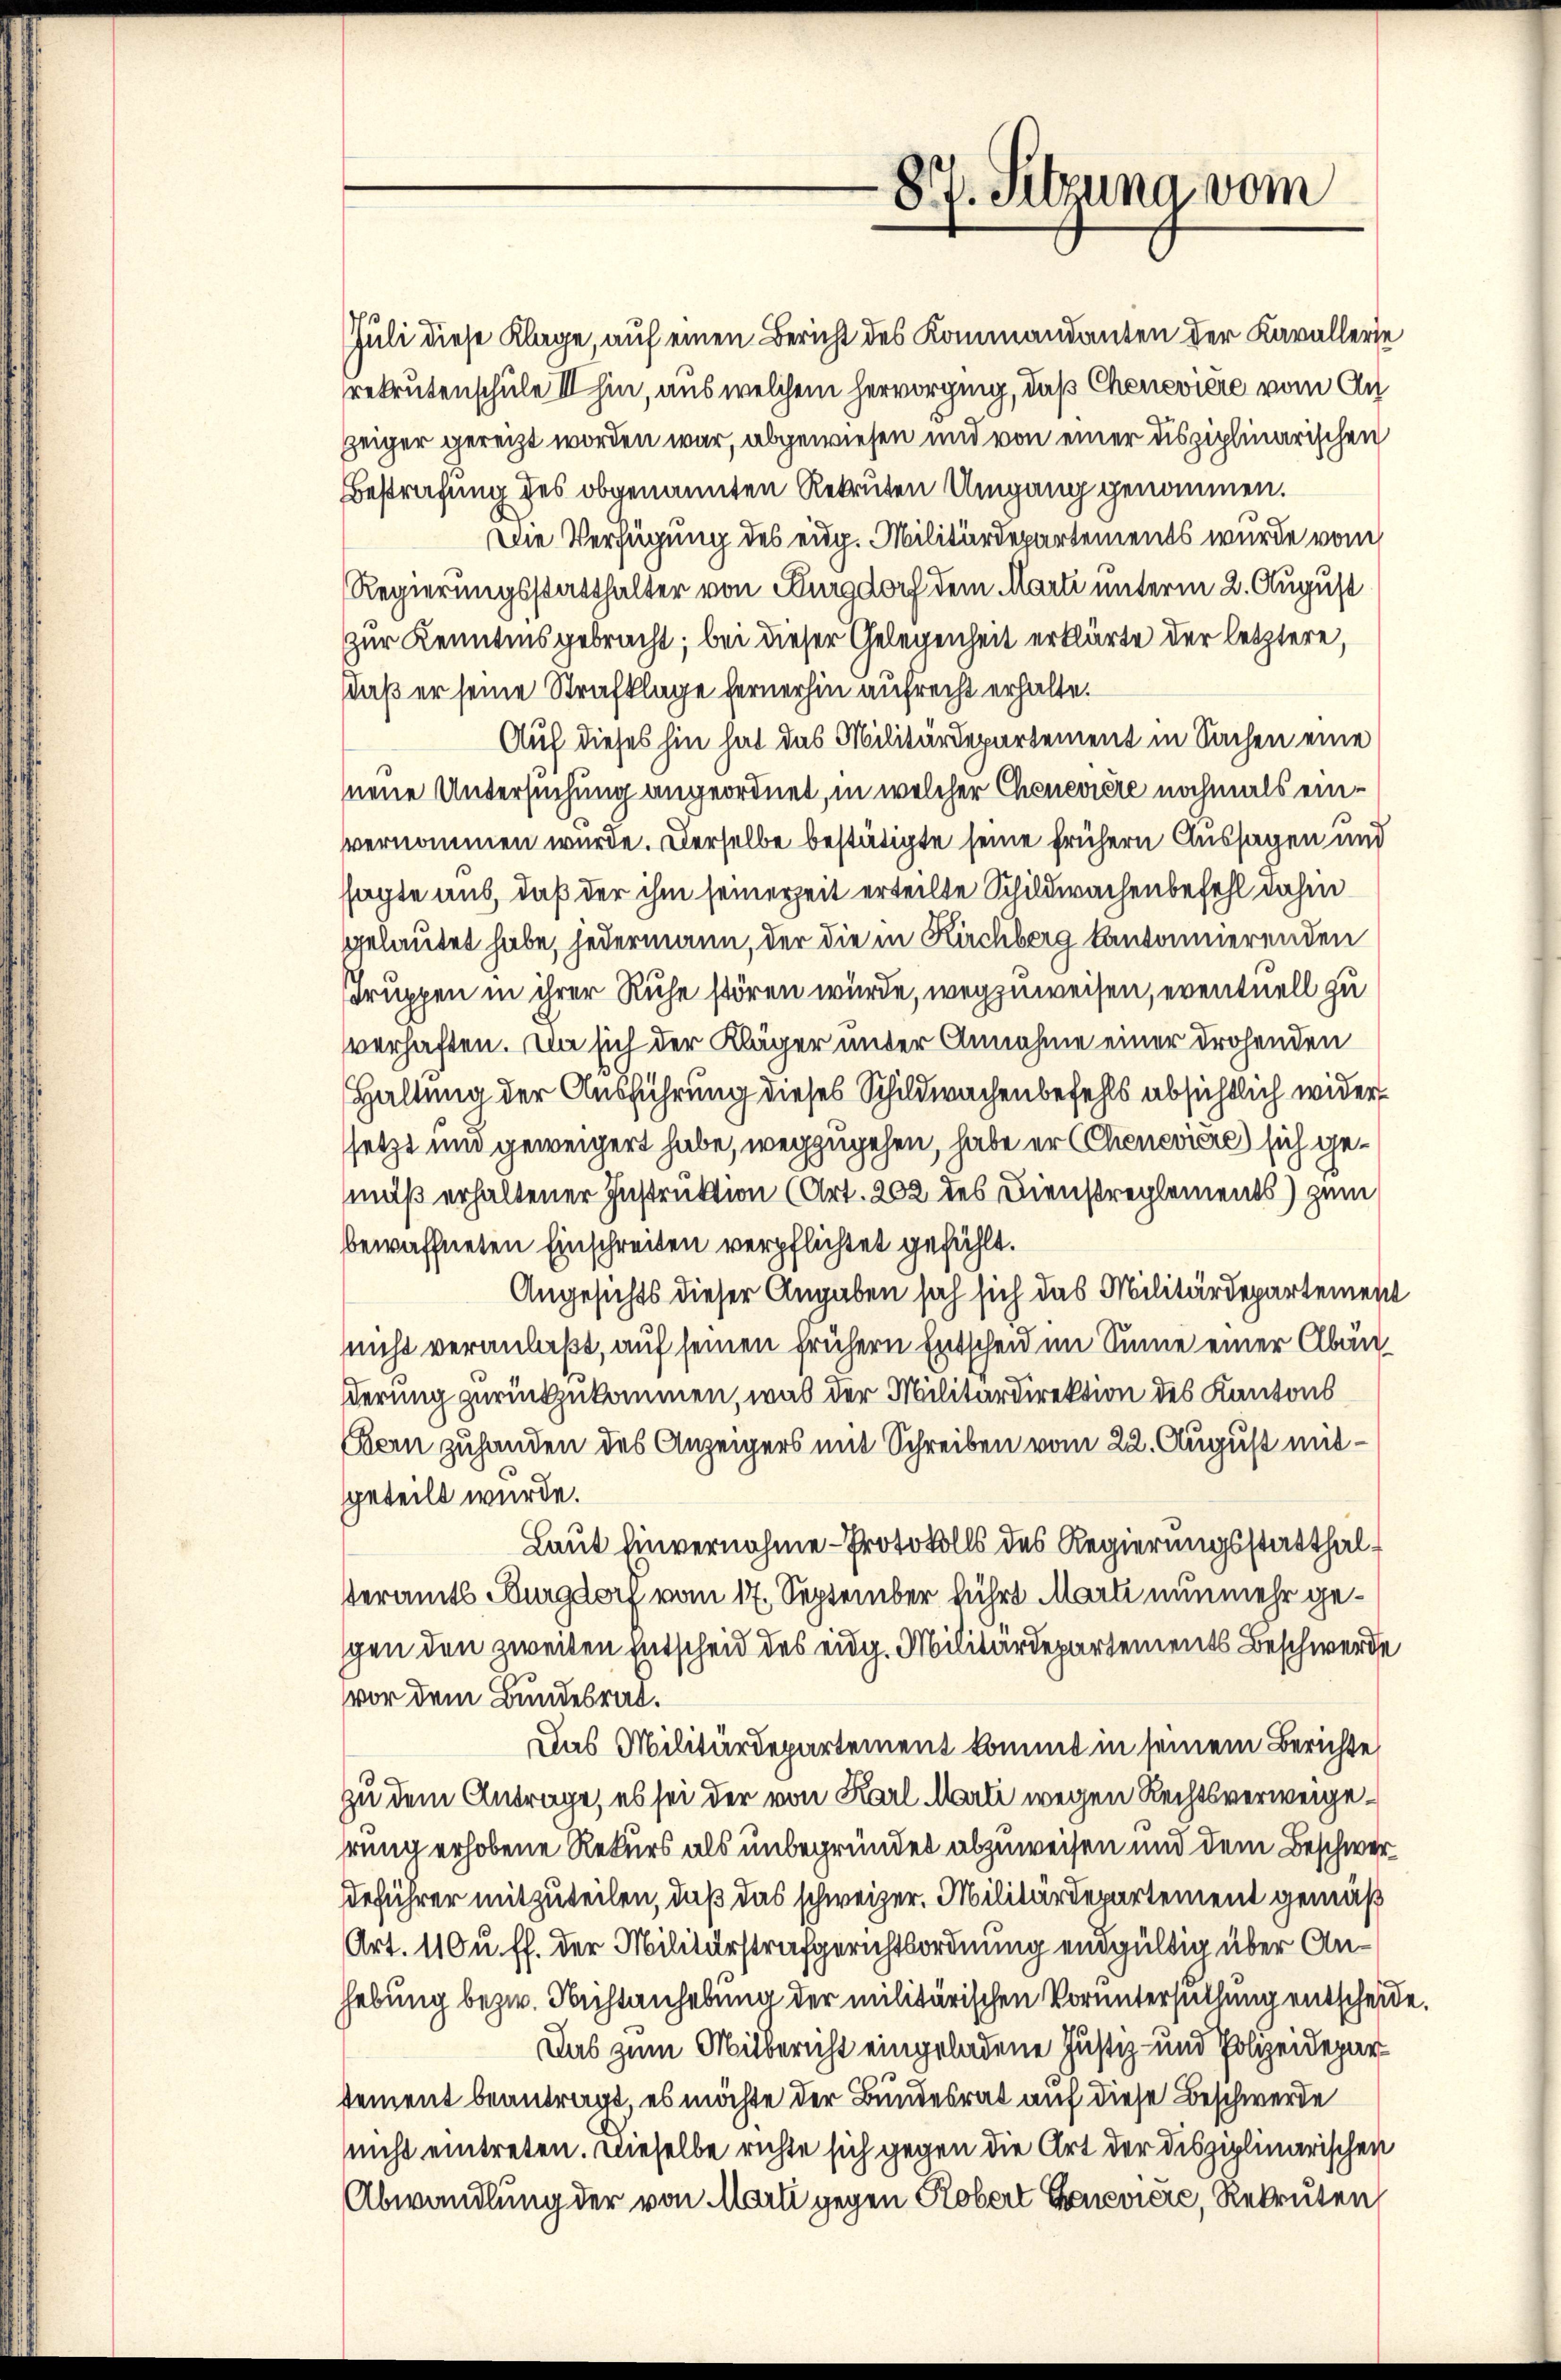
87. Sitzung vom

Juli diese Klage, auf einen Bericht des Kommandanten der Kavallerie
rekrutenschule III hin, aus welchem hervorging, daß Chenevière vom Anzeiger gereizt worden war, abgewiesen und von einer disziplinarischen
Bestrafung des obgenannten Rekruten Umgang genommen.
Die Verfügung des eug. Militärdepartements wurde vom
Regierungsstatthalter von Burgdorf dem Marti unterm 2. August
zur Kenntnis gebracht; bei dieser Gelegenheit erklärte der letztere,
daß er seine Strafklage fernerhin aufrecht erhalte.
Auf dieses hin hat das Militärdepartement in Sachen eine
neue Untersuchung angeordnet, in welcher Chenevière nochmals einvernommen wurde. Derselbe bestätigte seine frühern Aussagen und
sagte aus, daß der ihm seinerzeit erteilte Schildwachenbefehl dahin
gelautet habe, jedermann, der die in Kirchberg kantonnierenden
Truppen in ihrer Ruhe stören würde, wegzuweisen, eventuell zu
verhaften. Da sich der Kläger unter Annahme einer drohenden
Haltung der Ausführung dieses Schildwachenbefehls absichtlich wider
ssetzt und geweigert habe, wegzugehen, habe er (Cheneviere) sich gemuß erhaltener Instruktion (Art. 202 des Dienstreglements) zum
bewaffneten Einschreiten verpflichtet gefühlt.
Angesichts dieser Angaben sah sich das Militärdepartement
nicht veranlaßt, auf seinen frühern Entscheid im Sinne einer Abänßerung zurückzukommen, was der Militärdirektion des Kantons
Bern zuhanden des Anzeigers mit Schreiben vom 22. August mitgeteilt wurde.
Laut Einvernahme- Protokolls des Regierungsstatthalteramts Burgdorf vom 17. September führt Marti nunmehr gegen den zweiten Entscheid des eidg. Militärdepartements Beschwerde
vor dem Bundesrat.
Das Militärdepartement kommt in seinem Berichte
zu dem Antrage, es sei der von Karl Marti wegen Rechtsverweigerung erhobene Rekurs als unbegründet abzuweisen und dem Beschwerdeführer mitzuteilen, daß das schweizer. Militärdepartement gemäß
Art. 110 u. ff. der Militärstrafgerichtsordnung endgültig über Anhebung bezw. Nichtanhebung der militärischen Voruntersuchung entscheide.
Das zum Mitbericht eingeladene Justiz- und Polizeidepar
tement beantragt, es möchte der Bundesrat auf diese Beschwerde
nicht eintreten. Dieselbe richte sich gegen die Art der disziplinarischen
Abwandlung der von Marli gegen Kobert Geneviere, Rekruten